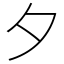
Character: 夕